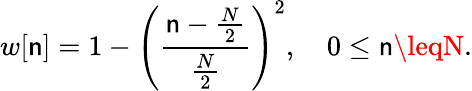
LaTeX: w[\mathsf{n}]=1-\left({\frac{{\mathsf{n}-{\frac{{N}}{{2}}}}}{{\frac{{N}}{{2}}}}}\right)^{2},\quad0\leq\mathsf{n}\leqN.